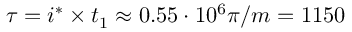
\tau = i ^ { * } \times t _ { 1 } \approx 0 . 5 5 \cdot 1 0 ^ { 6 } \pi / m = 1 1 5 0